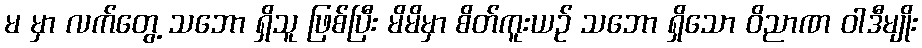
မ မှာ လက်တွေ့ သဘော ရှိသူ ဖြစ်ပြီး မိမိမှာ စိတ်ကူးယဉ် သဘော ရှိသော ဝိညာဏ ဝါဒီမျိုး